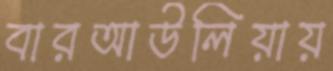
বারআউলিয়ায়